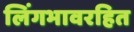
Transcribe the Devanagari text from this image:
लिंगभावरहित